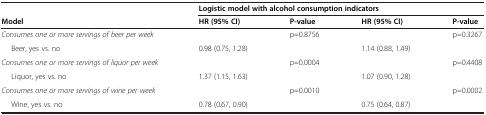
<table><thead><tr><td><b> </b></td><td colspan="4"><b>Logistic model with alcohol consumption indicators</b></td></tr><tr><td><b>Model</b></td><td><b>HR (95% CI)</b></td><td><b>P-value</b></td><td><b>HR (95% CI)</b></td><td><b>P-value</b></td></tr></thead><tbody><tr><td><i>Consumes one or more servings of beer per week</i></td><td> </td><td>p=0.8756</td><td> </td><td>p=0.3267</td></tr><tr><td>Beer, yes vs. no</td><td>0.98 (0.75, 1.28)</td><td> </td><td>1.14 (0.88, 1.49)</td><td> </td></tr><tr><td><i>Consumes one or more servings of liquor per week</i></td><td> </td><td>p=0.0004</td><td> </td><td>p=0.4408</td></tr><tr><td>Liquor, yes vs. no</td><td>1.37 (1.15, 1.63)</td><td> </td><td>1.07 (0.90, 1.28)</td><td> </td></tr><tr><td><i>Consumes one or more servings of wine per week</i></td><td> </td><td>p=0.0010</td><td> </td><td>p=0.0002</td></tr><tr><td>Wine, yes vs. no</td><td>0.78 (0.67, 0.90)</td><td> </td><td>0.75 (0.64, 0.87)</td><td> </td></tr></tbody></table>